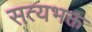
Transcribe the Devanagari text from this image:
सत्यभक्त